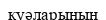
куәларының